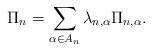
LaTeX: \begin{align*}\Pi_{n}=\sum_{\alpha \in A_{n}} \lambda_{n,\alpha}\Pi_{n,\alpha}.\end{align*}